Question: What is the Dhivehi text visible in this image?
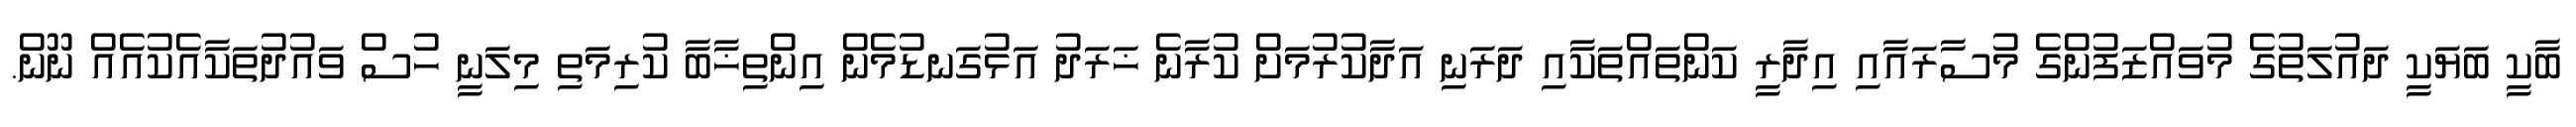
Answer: ބާކީ ބަޔަކީ ދައުލަތުގެ މުވައްޒަފުންގެ މުސާރައާއި އިދާރީ ކަންތައްތަކާއި ދަރަނި އަދާކުރުމަށް ކުރާނެ ޚަރަދު އަޅުގަނޑުމެން އިންތިޚާބާ ކުރިމަތި މިލަނީ ހުސް ވައުދުތަކާއެކުއެއް ނޫން.